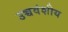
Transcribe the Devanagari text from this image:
उच्चवंशीय